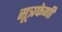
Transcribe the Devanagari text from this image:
सूत्रफेणी